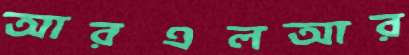
আরএলআর